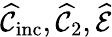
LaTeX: \widehat{\mathcal{C}}_{\mathrm{inc}},\widehat{\mathcal{C}}_{2},\widehat{\mathcal{E}}